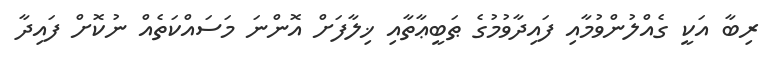
ރިބާ އަކީ ގެއްލުންވުމާއި ފައިދާވުމުގެ ޠަބީޢާތާއި ޚިލާފަށް އޮންނަ މަސައްކަތެއް ނުކޮށް ފައިދާ